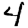
Digit: 4